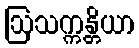
ဩသက္ကန္တိယာ